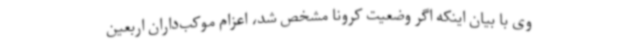
وی با بیان اینکه اگر وضعیت کرونا مشخص شد، اعزام موکب‌داران اربعین